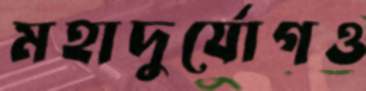
মহাদুর্যোগও